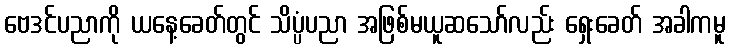
ဗေဒင်ပညာကို ယနေ့ခေတ်တွင် သိပ္ပံပညာ အဖြစ်မယူဆသော်လည်း ရှေးခေတ် အခါကမူ